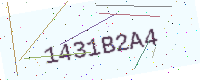
Text: 1431B2A4